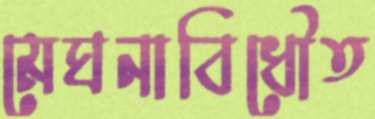
মেঘনাবিধৌত